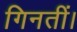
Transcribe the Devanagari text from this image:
गिनतीं।